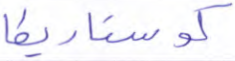
كوستاريكا